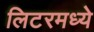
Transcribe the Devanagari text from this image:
लिटरमध्ये